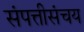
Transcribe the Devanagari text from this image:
संपत्तीसंचय